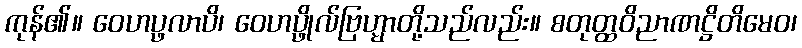
ကုန်၏။ ဝေဟပ္ဖလာပိ၊ ဝေဟပ္ဖိုလ်ဗြဟ္မာတို့သည်လည်း။ စတုတ္ထဝိညာဏဋ္ဌိတိမေဝ၊